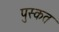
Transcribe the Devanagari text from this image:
पुस्कत